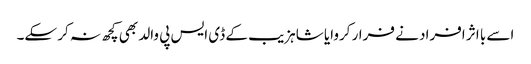
اسے با اثر افراد نے فرار کروایا شاہزیب کے ڈی ایس پی والد بھی کچھ نہ کر سکے۔